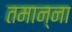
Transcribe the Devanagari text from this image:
तमान्ना